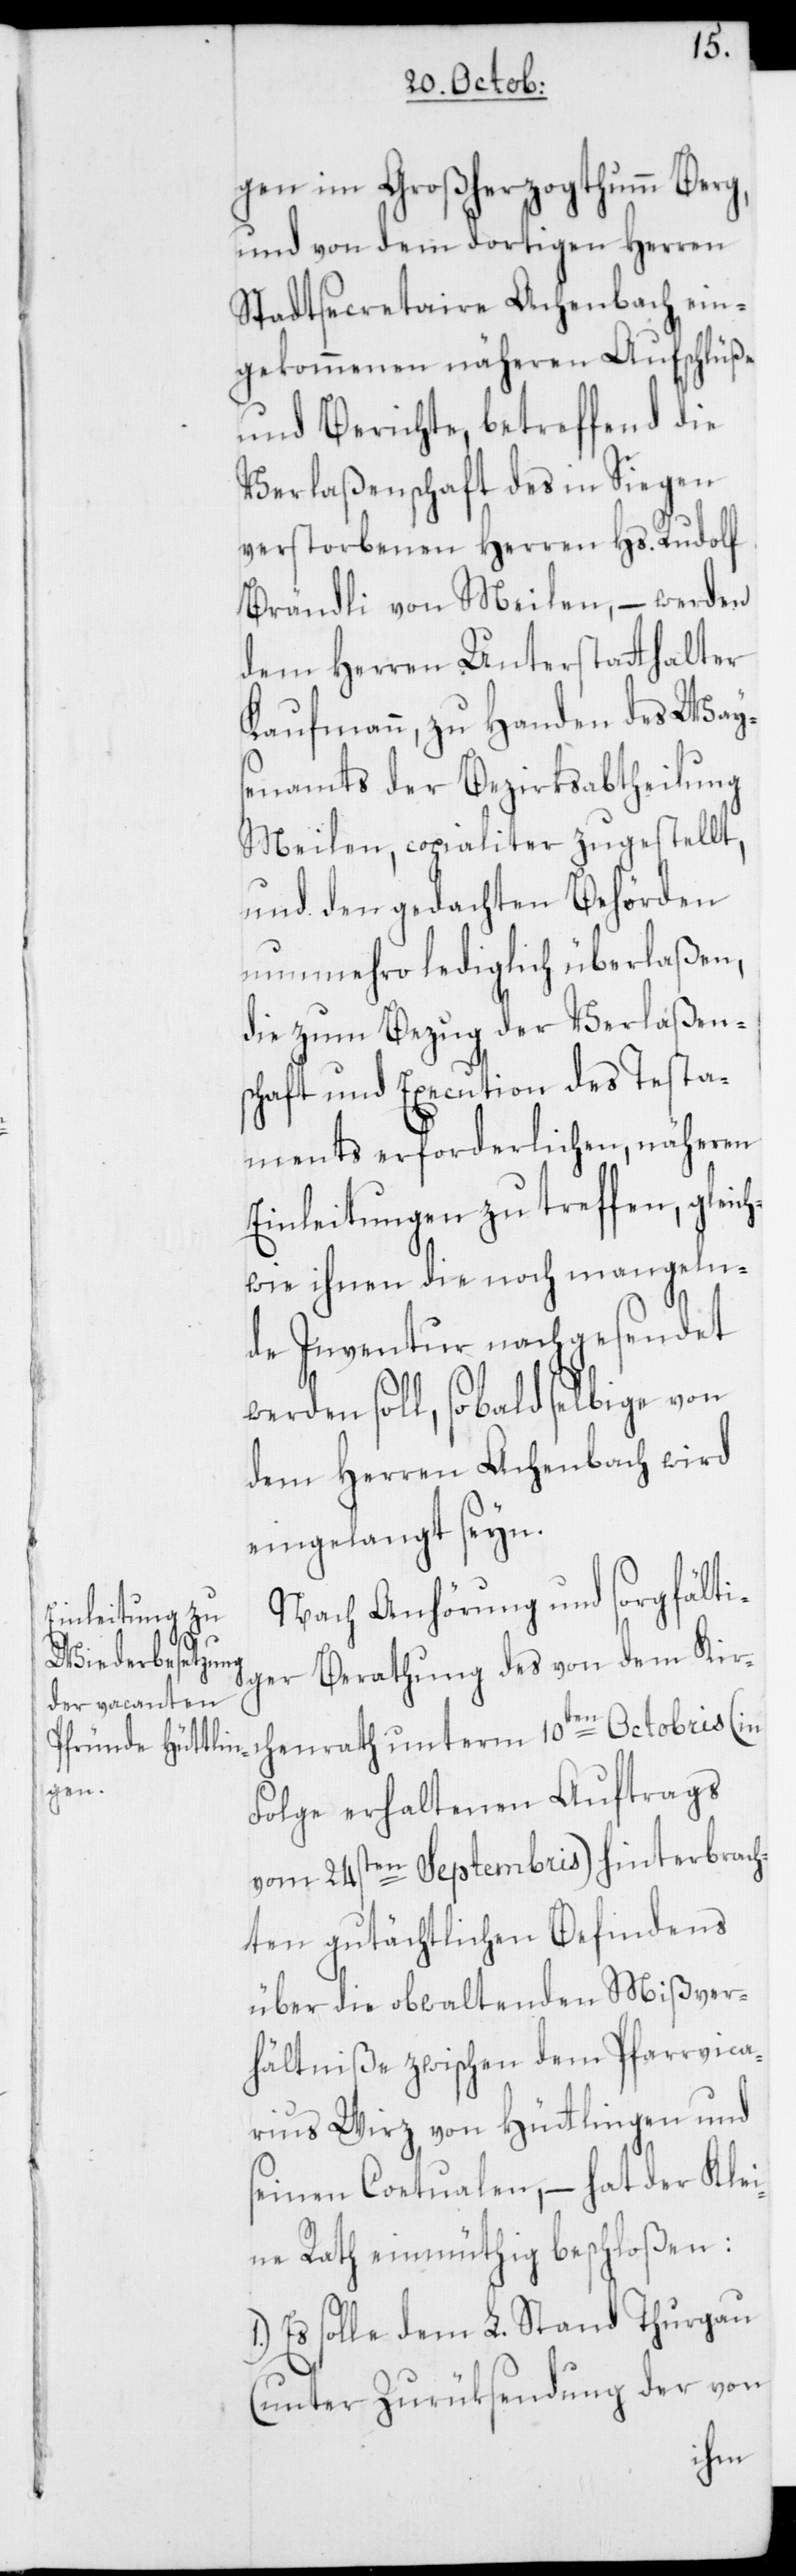
gen im Großherzogthumm Berg,
und von dem dortigen Herren
Stadtsecretaire Achenbach ein¬
gekommenen näheren Aufschlüße
und Berichte, betreffend die
Verlaßenschaft des in Siegen
verstorbenen Herren Hs. Rudolf
Brändli von Meilen, – werden
dem Herren Unterstatthalter
Kaufmann, zu Handen des Way¬
senamts der Bezirksabtheilung
Meilen, copialiter zugestellt,
und den gedachten Behörden
nunmehro lediglich überlaßen,
die zum Bezug der Verlaßen¬
schaft und Execution des Testa¬
ments erforderlichen, näheren
Einleitungen zu treffen, gleic¬
hwie ihnen die noch mangeln¬
de Inventur nachgesendet
werden soll, sobald selbige von
dem Herren Achenbach wird
eingelangt seyn.
Nach Anhörung und sorgfälti¬
ger Berathung des von dem Kir¬
Folge erhaltenen Auftrags
vom 24sten Septembris) hinterbrach¬
ten gutächtlichen Befindens
über die obwaltenden Mißver¬
hältniße zwischen dem Pfarrvica¬
rius Wirz von Hüttlingen und
seinen Coetualen, – hat der Klei¬
ne Rath einmüthig beschloßen:
Es solle dem L. Stand Thurgau
(unter Zurüksendung der von
ath